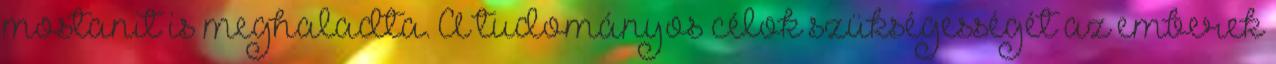
mostanit is meghaladta. A tudományos célok szükségességét az emberek